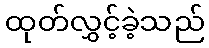
ထုတ်လွှင့်ခဲ့သည်